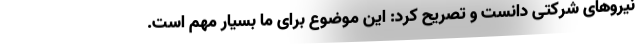
نیروهای شرکتی دانست و تصریح کرد: این موضوع برای ما بسیار مهم است.